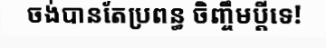
ចង់បានតែប្រពន្ធ ចិញ្ចឹមប្តីទេ!